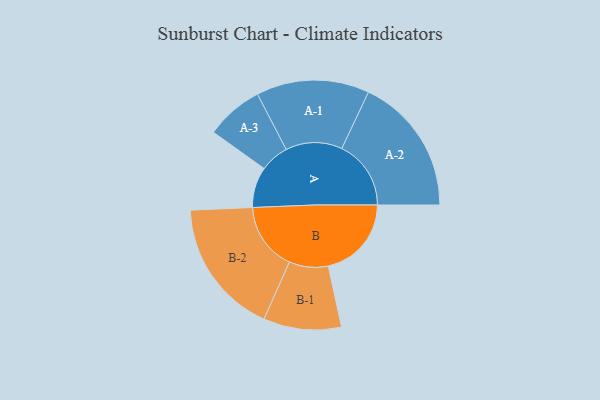
{"axis": {"x": "Segment", "y": "Value"}, "legend": ["", "A", "B"], "data": [{"x": "A", "y": 169, "type": ""}, {"x": "B", "y": 346, "type": ""}, {"x": "A-1", "y": 235, "type": "A"}, {"x": "A-2", "y": 288, "type": "A"}, {"x": "A-3", "y": 120, "type": "A"}, {"x": "B-1", "y": 162, "type": "B"}, {"x": "B-2", "y": 283, "type": "B"}]}